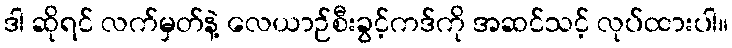
ဒါ ဆိုရင် လက်မှတ်နဲ့ လေယာဉ်စီးခွင့်ကဒ်ကို အဆင်သင့် လုပ်ထားပါ။